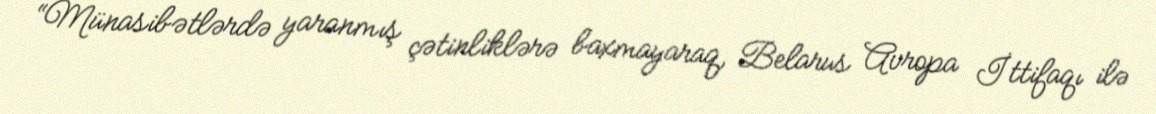
“Münasibətlərdə yaranmış çətinliklərə baxmayaraq, Belarus Avropa İttifaqı ilə